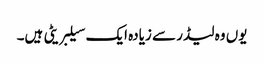
یوں وہ لیڈر سے زیادہ ایک سیلبریٹی ہیں۔